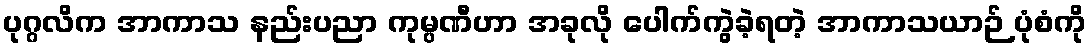
ပုဂ္ဂလိက အာကာသ နည်းပညာ ကုမ္ပဏီဟာ အခုလို ပေါက်ကွဲခဲ့ရတဲ့ အာကာသယာဉ် ပုံစံကို